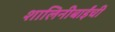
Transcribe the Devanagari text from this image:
शालिनीबाईंची